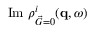
\mathrm { I m } ~ \rho _ { \vec { G } = 0 } ^ { i } ( \mathbf { q } , \omega )